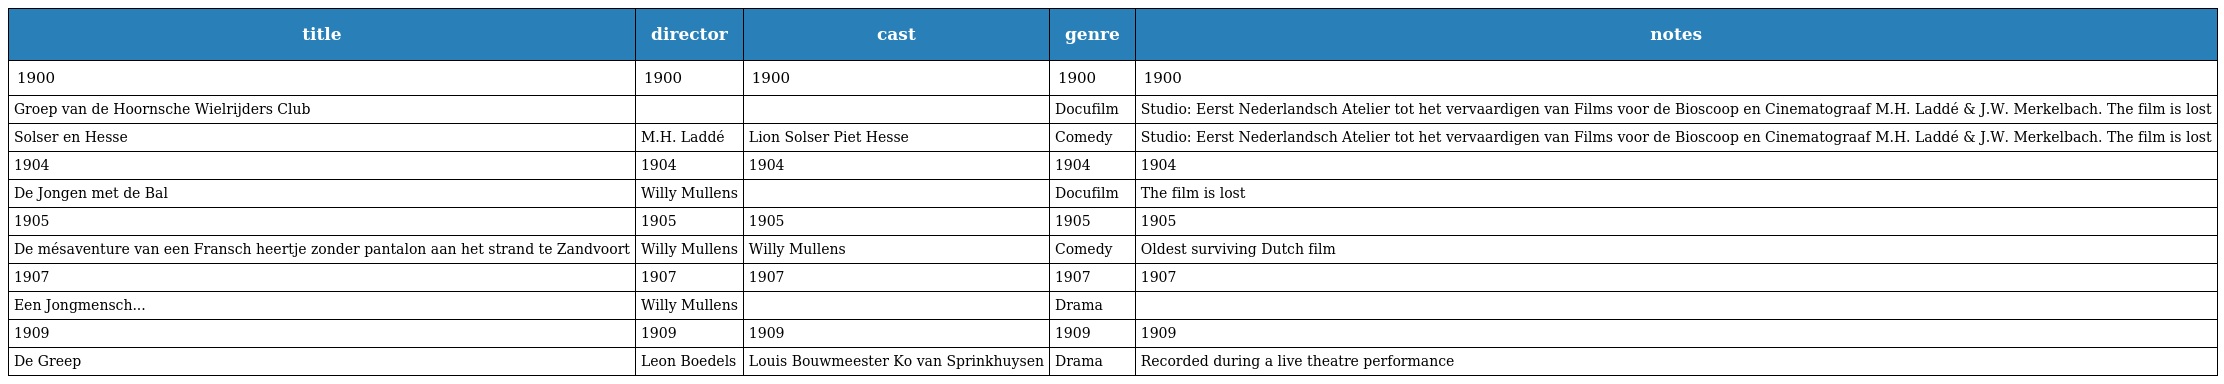
| title | director | cast | genre | notes |
 | --- | --- | --- | --- | --- |
 | 1900 | 1900 | 1900 | 1900 | 1900 |
 | Groep van de Hoornsche Wielrijders Club |  |  | Docufilm | Studio: Eerst Nederlandsch Atelier tot het vervaardigen van Films voor de Bioscoop en Cinematograaf M.H. Laddé & J.W. Merkelbach. The film is lost |
 | Solser en Hesse | M.H. Laddé | Lion Solser Piet Hesse | Comedy | Studio: Eerst Nederlandsch Atelier tot het vervaardigen van Films voor de Bioscoop en Cinematograaf M.H. Laddé & J.W. Merkelbach. The film is lost |
 | 1904 | 1904 | 1904 | 1904 | 1904 |
 | De Jongen met de Bal | Willy Mullens |  | Docufilm | The film is lost |
 | 1905 | 1905 | 1905 | 1905 | 1905 |
 | De mésaventure van een Fransch heertje zonder pantalon aan het strand te Zandvoort | Willy Mullens | Willy Mullens | Comedy | Oldest surviving Dutch film |
 | 1907 | 1907 | 1907 | 1907 | 1907 |
 | Een Jongmensch... | Willy Mullens |  | Drama |  |
 | 1909 | 1909 | 1909 | 1909 | 1909 |
 | De Greep | Leon Boedels | Louis Bouwmeester Ko van Sprinkhuysen | Drama | Recorded during a live theatre performance |